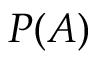
P ( A )